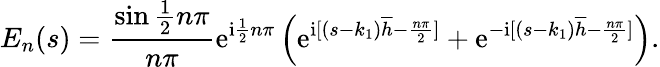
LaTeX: E_{n}(s)=\frac{\sin\frac{1}{2}n\pi}{n\pi}\mathrm{e}^{\mathrm{i}\frac{1}{2}n\pi}\left(\mathrm{e}^{\mathrm{i}[(s-k_{1})\overline{{h}}-\frac{n\pi}{2}]}+\mathrm{e}^{-\mathrm{i}[(s-k_{1})\overline{{h}}-\frac{n\pi}{2}]}\right).